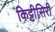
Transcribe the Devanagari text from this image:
किट्टीसिरी